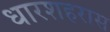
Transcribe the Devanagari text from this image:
धारशहरास